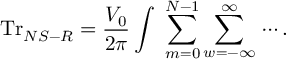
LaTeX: \mathrm { T r } _ { N S - R } = \frac { V _ { 0 } } { 2 \pi } \int \d E \, \sum _ { m = 0 } ^ { N - 1 } \sum _ { w = - \infty } ^ { \infty } \, \cdots .